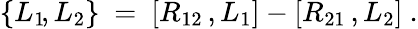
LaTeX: \{ L_{1}\! ,L_{2}\} ~=~[R_{12}\, ,L_{1}]-[R_{21}\, ,L_{2}]~.